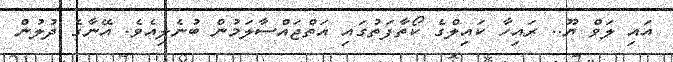
އައި ލަވް ޔޫ.. ރައިހާ ކައިލްގެ ކޯތާފަތުގައި އަތްޖައްސާލަމުން ބުނެލިއެވެ. އޭނާގެ ދުލުން